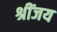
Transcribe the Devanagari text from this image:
श्रींजय